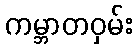
ကမ္ဘာတဝှမ်း